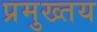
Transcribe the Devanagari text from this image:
प्रमुख्तय